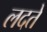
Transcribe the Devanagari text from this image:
लदते